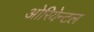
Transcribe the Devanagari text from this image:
ओरियेन्टल